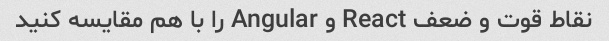
نقاط قوت و ضعف React و Angular را با هم مقایسه کنید